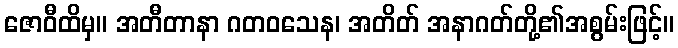
ဇောဝီထိမှ။ အတီတာနာ ဂတဝသေန၊ အတိတ် အနာဂတ်တို့၏အစွမ်းဖြင့်။